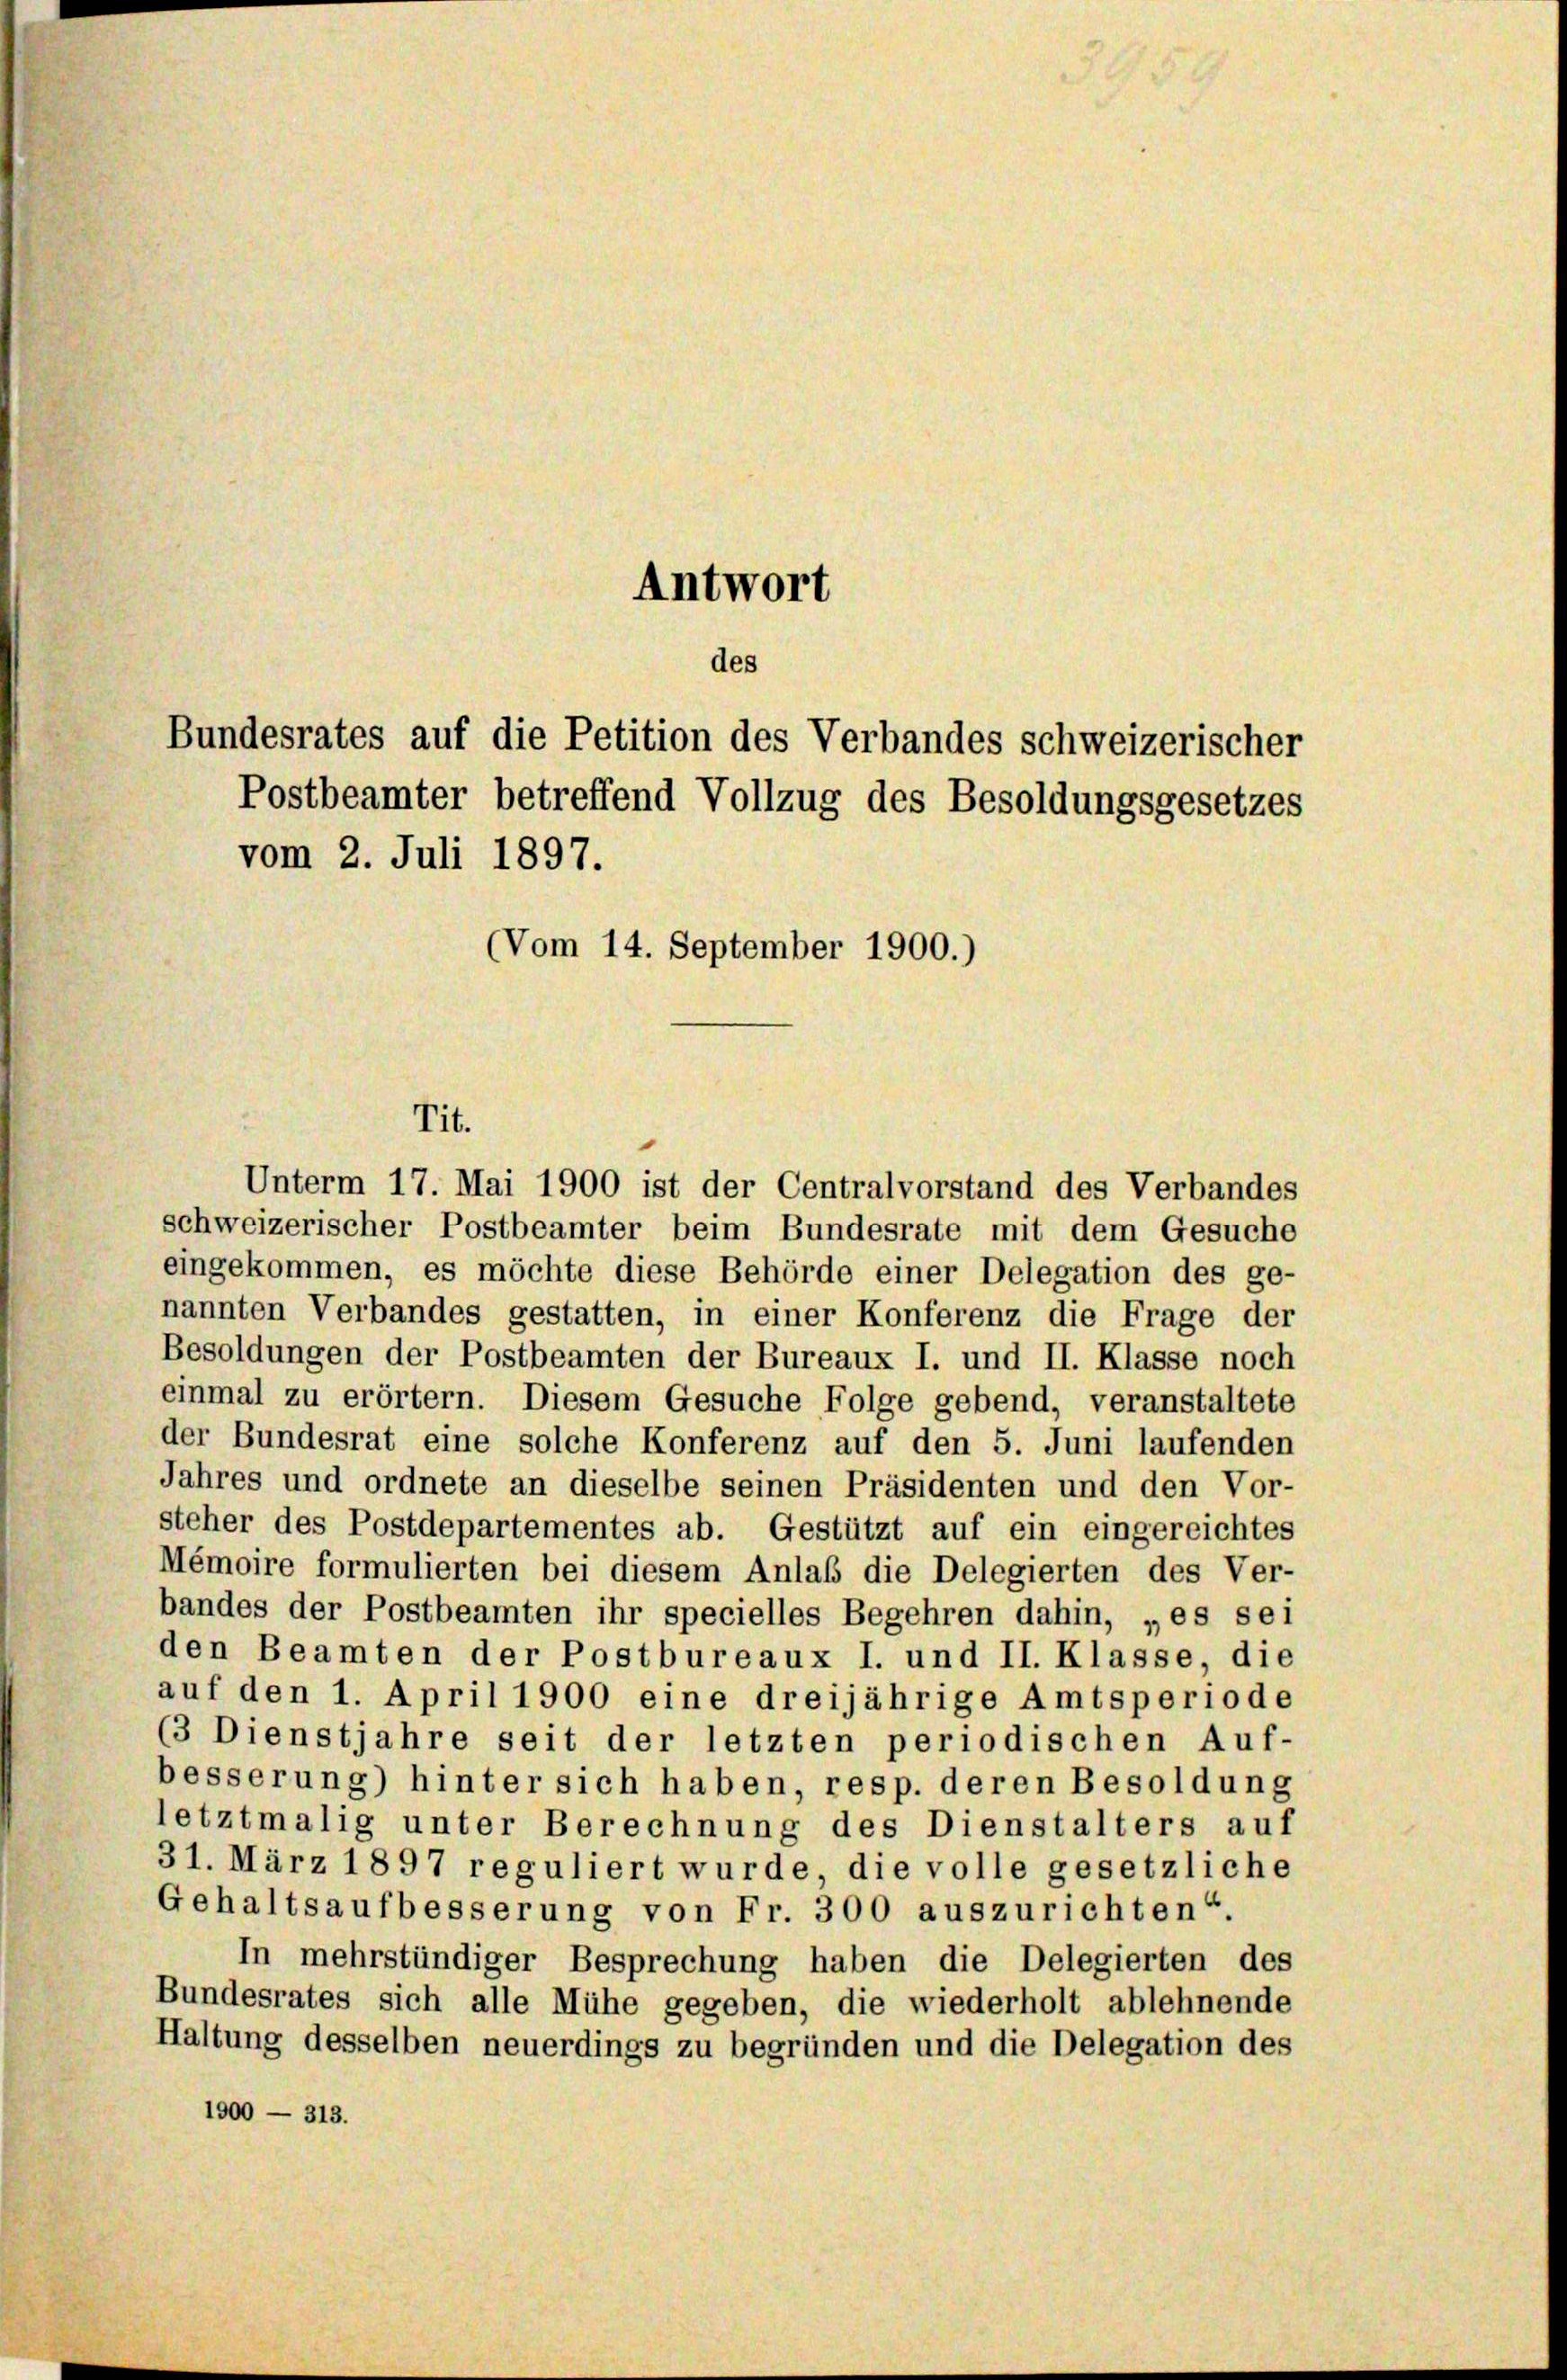
Antwort

des
Bundesrates auf die Petition des Verbandes schweizerischer
Postbeamter betreffend Vollzug des Besoldungsgesetzes
vom 2. Juli 1897.
(Vom 14. September 1900.)

Tit.

Unterm 17. Mai 1900 ist der Centralvorstand des Verbandes
schweizerischer Postbeamter beim Bundesrate mit dem Gesuche
eingekommen, es möchte diese Behörde einer Delegation des ge-
nannten Verbandes gestatten, in einer Konferenz die Frage der
Besoldungen der Postbeamten der Bureaux I. und II. Klasse noch
einmal zu erörtern. Diesem Gesuche Folge gebend, veranstaltete
der Bundesrat eine solche Konferenz auf den 5. Juni laufenden
Jahres und ordnete an dieselbe seinen Präsidenten und den Vor-
steher des Postdepartementes ab. Gestützt auf ein eingereichtes
Mémoire formulierten bei diesem Anlaß die Delegierten des Ver-
bandes der Postbeamten ihr specielles Begehren dahin, „es sei
den Beamten der Postbureaux I. und II. Klasse, die
auf den 1. April 1900 eine dreijährige Amtsperiode
(3 Dienstjahre seit der letzten periodischen Auf-
besserung) hinter sich haben, resp. deren Besoldung
letztmalig unter Berechnung des Dienstalters auf
31. März 1897 reguliert wurde die volle gesetzliche
Gehaltsaufbesserung von Fr. 300 auszurichten“.
In mehrstündiger Besprechung haben die Delegierten des
Bundesrates sich alle Mühe gegeben, die wiederholt ablehnende
Haltung desselben neuerdings zu begründen und die Delegation des
1900 — 313.